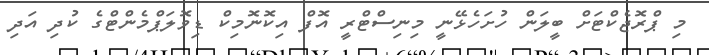
މި ޕްރޮޖެކްޓަށް ބީލަން ހުށަހެޅޭނީ މިނިސްޓްރީ އޮފް އިކޮނޮމިކް ޑިވޮލަޕްމެންޓްގެ ކުދި އަދި